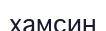
хамсин